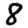
Digit: 8